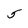
Character: 5